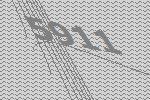
5911